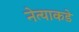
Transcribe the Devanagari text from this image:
नेत्याकडे